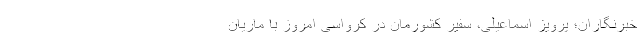
خبرنگاران؛ پرویز اسماعیلی، سفیر کشورمان در کرواسی امروز با ماریان